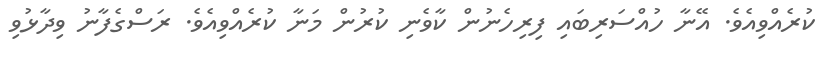
ކުރެއްވިއެވެ. އޭނާ ހުއްސަރިބައި ފިރިހެނުން ކާވެނި ކުރުން މަނާ ކުރެއްވިއެވެ. ރަސްގެފާނު ވިދާޅުވި